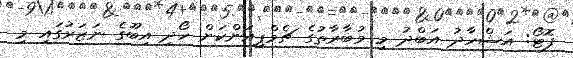
ފޮޓޯ: އަޝްހާދު އަބްދު މި މުބާރާތުގެ ޗެމްޕިއަންކަން ހޯދި އިބޫގެ ނަޒަރުގައި މި